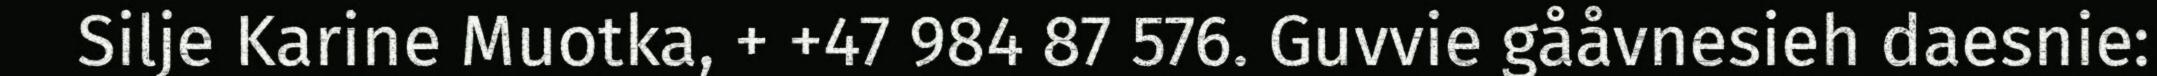
Silje Karine Muotka, + +47 984 87 576. Guvvie gååvnesieh daesnie: